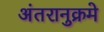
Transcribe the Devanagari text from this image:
अंतरानुक्रमे